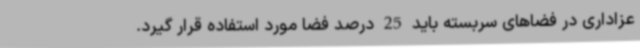
عزاداری در فضاهای سربسته باید 25 درصد فضا مورد استفاده قرار گیرد.